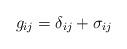
LaTeX: \begin{align*} g_{ij} = \delta_{ij} + \sigma_{ij}\end{align*}